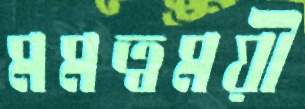
মমত্বময়ী